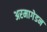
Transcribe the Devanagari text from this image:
अरमागेडन